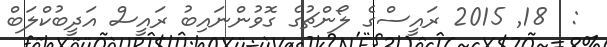
:  18